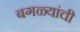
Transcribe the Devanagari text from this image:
बगळ्यांची